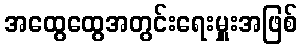
အထွေထွေအတွင်းရေးမှူးအဖြစ်